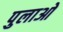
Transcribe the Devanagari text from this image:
पुलाओ